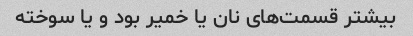
بیشتر قسمت‌های نان یا خمیر بود و یا سوخته